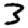
Digit: 3